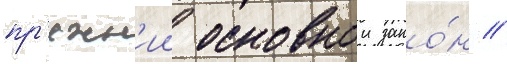
пр'ежн'ии основнои зако́н //